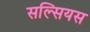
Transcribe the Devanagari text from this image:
सल्सियस